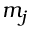
m _ { j }